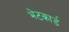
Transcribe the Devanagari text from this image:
भेटकार्ड